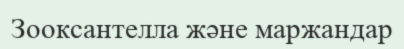
Зооксантелла және маржандар